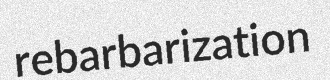
rebarbarization